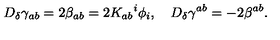
D _ { \delta } \gamma _ { a b } = 2 \beta _ { a b } = 2 K _ { a b } { ^ { i } } \phi _ { i } , \quad D _ { \delta } \gamma ^ { a b } = - 2 \beta ^ { a b } .